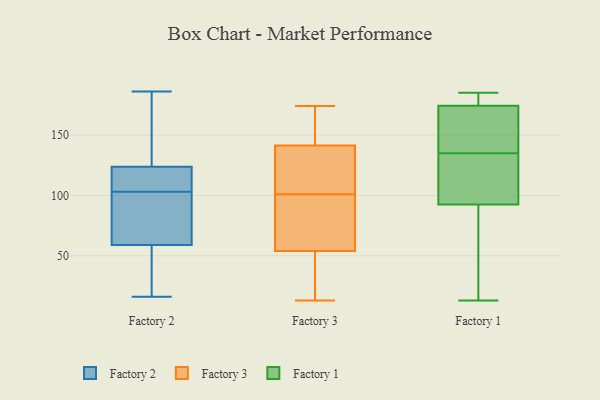
{"axis": {"x": "Budget (USD K)", "y": "Value"}, "legend": ["Factory 1", "Factory 2", "Factory 3"], "data": [{"x": "", "y": 107, "type": "Factory 2"}, {"x": "", "y": 24, "type": "Factory 2"}, {"x": "", "y": 55, "type": "Factory 2"}, {"x": "", "y": 103, "type": "Factory 2"}, {"x": "", "y": 102, "type": "Factory 2"}, {"x": "", "y": 103, "type": "Factory 2"}, {"x": "", "y": 186, "type": "Factory 2"}, {"x": "", "y": 131, "type": "Factory 2"}, {"x": "", "y": 45, "type": "Factory 2"}, {"x": "", "y": 76, "type": "Factory 2"}, {"x": "", "y": 73, "type": "Factory 2"}, {"x": "", "y": 53, "type": "Factory 2"}, {"x": "", "y": 184, "type": "Factory 2"}, {"x": "", "y": 71, "type": "Factory 2"}, {"x": "", "y": 109, "type": "Factory 2"}, {"x": "", "y": 143, "type": "Factory 2"}, {"x": "", "y": 123, "type": "Factory 2"}, {"x": "", "y": 124, "type": "Factory 2"}, {"x": "", "y": 16, "type": "Factory 2"}, {"x": "", "y": 161, "type": "Factory 3"}, {"x": "", "y": 174, "type": "Factory 3"}, {"x": "", "y": 151, "type": "Factory 3"}, {"x": "", "y": 89, "type": "Factory 3"}, {"x": "", "y": 138, "type": "Factory 3"}, {"x": "", "y": 13, "type": "Factory 3"}, {"x": "", "y": 101, "type": "Factory 3"}, {"x": "", "y": 121, "type": "Factory 3"}, {"x": "", "y": 17, "type": "Factory 3"}, {"x": "", "y": 84, "type": "Factory 3"}, {"x": "", "y": 48, "type": "Factory 3"}, {"x": "", "y": 56, "type": "Factory 3"}, {"x": "", "y": 131, "type": "Factory 3"}, {"x": "", "y": 73, "type": "Factory 1"}, {"x": "", "y": 91, "type": "Factory 1"}, {"x": "", "y": 175, "type": "Factory 1"}, {"x": "", "y": 135, "type": "Factory 1"}, {"x": "", "y": 174, "type": "Factory 1"}, {"x": "", "y": 13, "type": "Factory 1"}, {"x": "", "y": 151, "type": "Factory 1"}, {"x": "", "y": 120, "type": "Factory 1"}, {"x": "", "y": 93, "type": "Factory 1"}, {"x": "", "y": 185, "type": "Factory 1"}, {"x": "", "y": 179, "type": "Factory 1"}, {"x": "", "y": 165, "type": "Factory 1"}, {"x": "", "y": 113, "type": "Factory 1"}]}